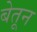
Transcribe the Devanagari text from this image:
बेतून